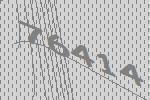
76414